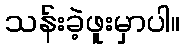
သန်းခဲ့ဖူးမှာပါ။